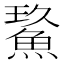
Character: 𩷡